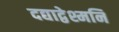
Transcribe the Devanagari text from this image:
दद्याद्वेश्मनि